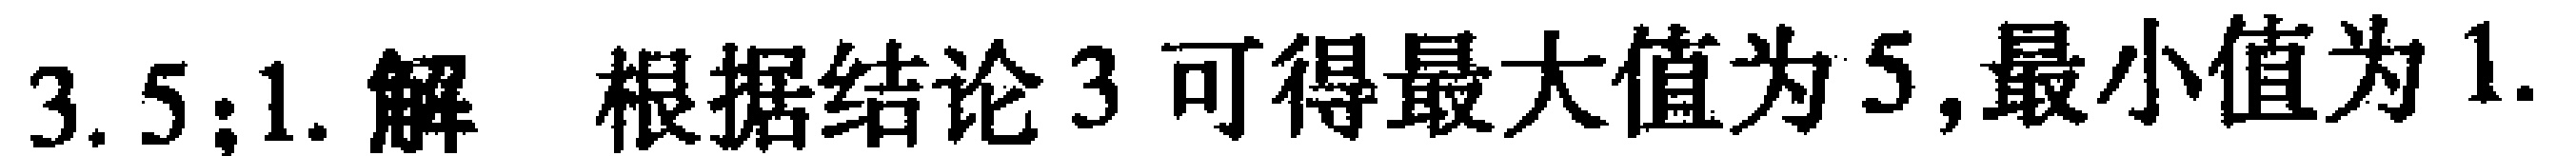
$3.5;1.$解 根据结论$3$可得最大值为$5$,最小值为$1.$